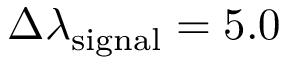
\Delta \lambda _ { \mathrm { s i g n a l } } = 5 . 0